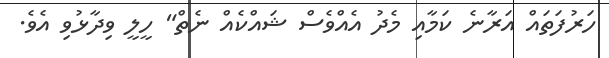
ހަރުފަތައް އަރާނެ ކަމާއި މެދު އެއްވެސް ޝައްކެއް ނެތް" ހީލީ ވިދާޅުވި އެވެ.